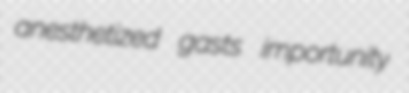
anesthetized gasts importunity